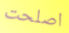
اصلحت